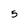
Character: 5